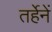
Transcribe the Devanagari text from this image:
तर्हेनें